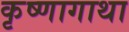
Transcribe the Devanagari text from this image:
कृष्णागाथा